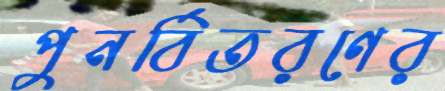
পুনর্বিতরণের